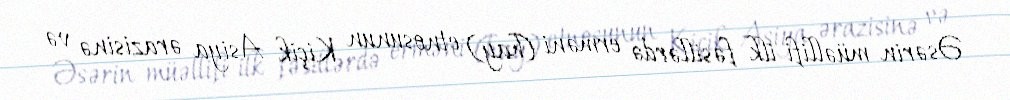
Əsərin müəllifi ilk fəsillərdə erməni (hay) etnosunun Kiçik Asiya ərazisinə və